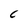
Character: C